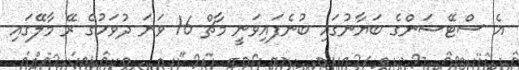
އެ ސްޓޭޝަންގެ ބަޔާނުގައި ބުނެފައިވަނީ މާޗް 16 ވަނަ ދުވަހުގެ ރޭ މާލޭގައި